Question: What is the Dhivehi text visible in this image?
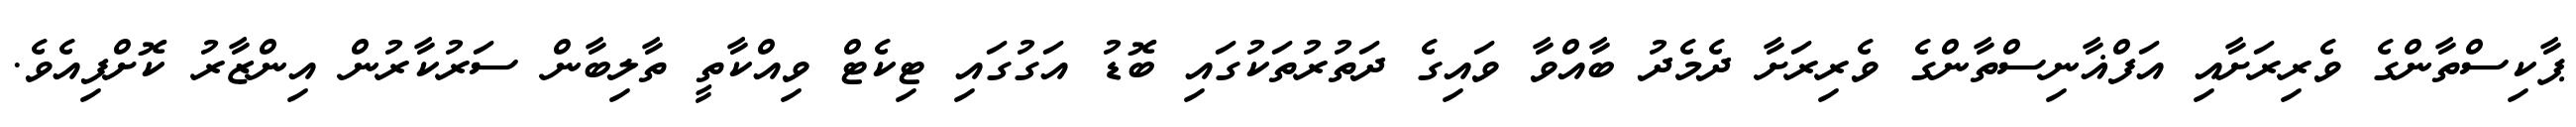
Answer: ޕާކިސްތާންގެ ވެރިރަށާއި އަފްޣާނިސްތާންގެ ވެރިރަށާ ދެމެދު ބާއްވާ ވައިގެ ދަތުރުތަކުގައި ބޮޑު އަގުގައި ޓިކެޓް ވިއްކާތީ ތާލިބާން ސަރުކާރުން އިންޒާރު ކޮށްފިއެވެ.